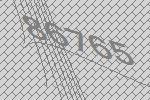
86765